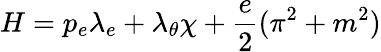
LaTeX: H=p_{e}\lambda_{e}+\lambda_{\theta}\chi+\frac{e}{2}(\pi^{2}+m^{2})